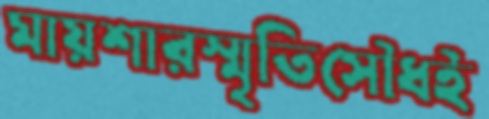
মায়শারস্মৃতিসৌধই